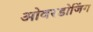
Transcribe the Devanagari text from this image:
ओवरडोजिंग